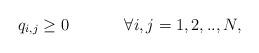
LaTeX: \begin{align*} q_{i,j} \ge 0\; \; \; \; \; \; \; \; \; \; \; \; \forall i,j=1,2,..,N, \end{align*}